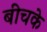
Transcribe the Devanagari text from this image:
बीचके